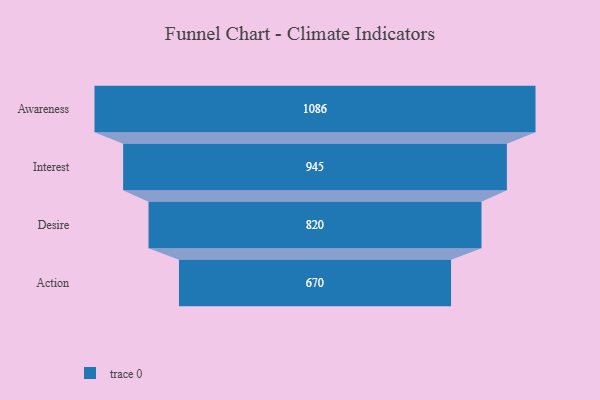
{"axis": {"x": "Stage", "y": "Value"}, "legend": [""], "data": [{"x": "Awareness", "y": 1086.0, "type": ""}, {"x": "Interest", "y": 945.0, "type": ""}, {"x": "Desire", "y": 820.0, "type": ""}, {"x": "Action", "y": 670.0, "type": ""}]}